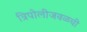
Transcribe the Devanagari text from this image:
त्रिपोलीजवळची